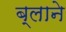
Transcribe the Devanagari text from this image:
ब्लाने